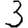
Digit: 3